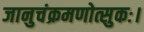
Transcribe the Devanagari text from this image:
जानुचंक्रमणोत्सुकः।